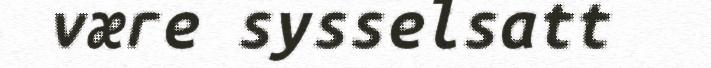
være sysselsatt